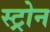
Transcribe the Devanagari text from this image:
स्ट्रोन